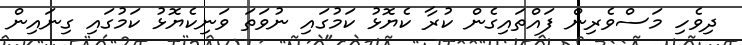
ދިވެހި މަސްވެރިން ފައްތައިގެން ކުރާ ކެޔޮޅު ކަމުގައި ނުވަތަ ވަނިކެޔޮޅު ކަމުގައި ގިނައިން